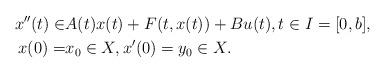
LaTeX: \begin{align*}x''(t)\in&A(t)x(t)+F(t,x(t))+Bu(t), t\in I=[0,b],\\x(0)=&x_0\in X,x'(0)=y_0\in X.\end{align*}